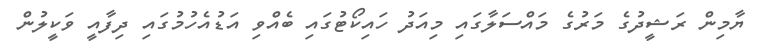
ޔާމިން ރަޝީދުގެ މަރުގެ މައްސަލާގައި މިއަދު ހައިކޯޓުގައި ބެއްވި އަޑުއެހުމުގައި ދިފާއީ ވަކީލުން